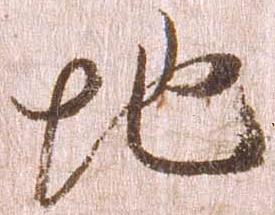
地